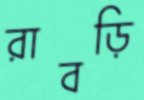
রাবড়ি